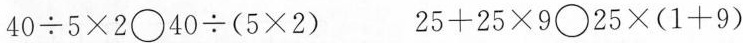
$$40÷5\times 2\bigcirc 40\div(5\times 2)$$ $$25+25\times 9\bigcirc 25\times(1+9)$$